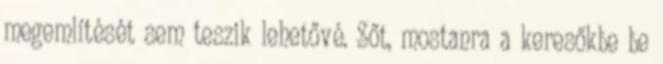
megemlítését sem teszik lehetővé. Sőt, mostanra a keresőkbe be